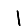
Digit: 1